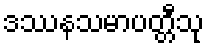
ဒဿနသမာပတ္တီသု